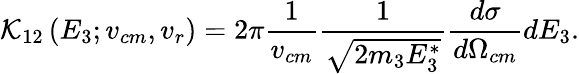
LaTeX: \mathcal{K}_{12}\left(E_{3};v_{cm},v_{r}\right)=2\pi\frac{1}{v_{cm}}\frac{1}{\sqrt{2m_{3}E_{3}^{*}}}\frac{d\sigma}{d\Omega_{cm}}dE_{3}.